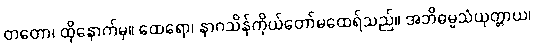
တတော၊ ထိုနောက်မှ။ ထေရော၊ နာဂသိန်ကိုယ်တော်မထေရ်သည်။ အဘိဓမ္မသံယုတ္တာယ၊